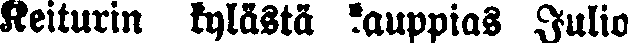
Keiturin kylästä kauppias Julio